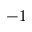
- 1